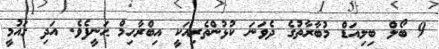
9 ބޯލް ބިލިއަޑް މުބާރާތުގެ ދެވަނަ ކުޅުންތެރިއަކީ އިބްރާހިމް ޙަނީފެވެ. އަދި ގައުމީ